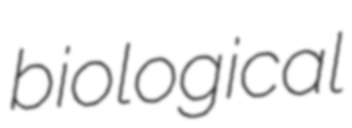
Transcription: biological